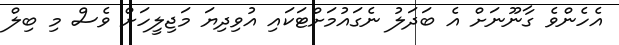
އެހެންވެ ގާނޫނަށް އެ ބަދަލު ނެގައުމަށްޓަކައި އުވިދިޔަ މަޖިލީހަށް ވެސް މި ބިލް